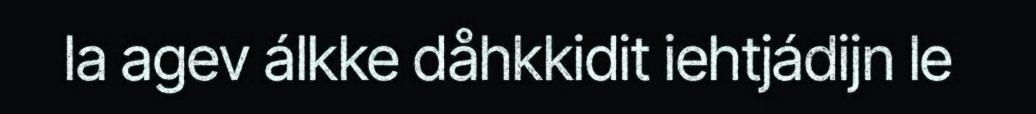
la agev álkke dåhkkidit iehtjádijn le